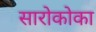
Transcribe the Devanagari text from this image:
सारोकोका